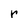
Character: r